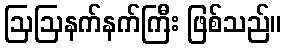
ဩဩနက်နက်ကြီး ဖြစ်သည်။